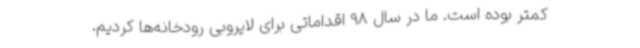
کمتر بوده است. ما در سال 98 اقداماتی برای لایروبی رودخانه‌ها کردیم.